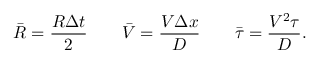
\bar { R } = \frac { R \Delta t } { 2 } \qquad \bar { V } = \frac { V \Delta x } { D } \qquad \bar { \tau } = \frac { V ^ { 2 } \tau } { D } .